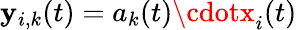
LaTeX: \mathbf{y}_{i,k}(t)=a_{k}(t)\cdotx_{i}(t)